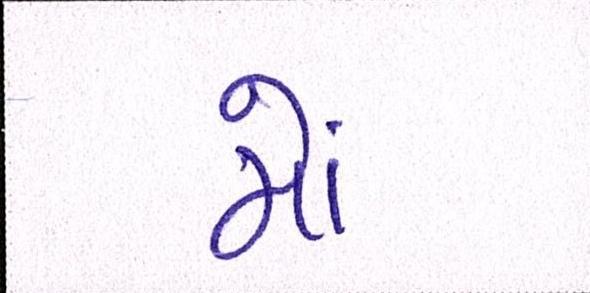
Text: મોં